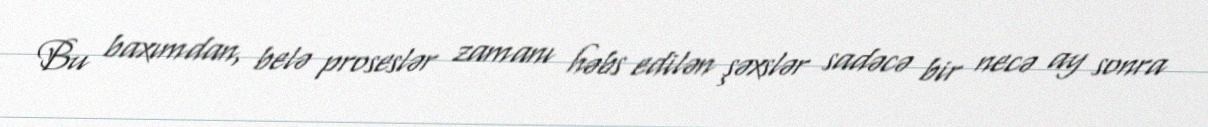
Bu baxımdan, belə proseslər zamanı həbs edilən şəxslər sadəcə bir necə ay sonra